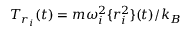
{ \cal T } _ { r _ { i } } ( t ) = m \omega _ { i } ^ { 2 } \{ r _ { i } ^ { 2 } \} ( t ) / k _ { B }